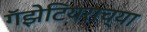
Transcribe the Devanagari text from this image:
गॅझेटियराच्या